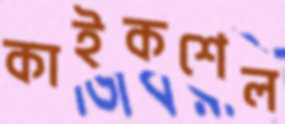
কাইকশেল